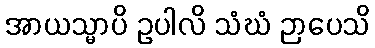
အာယသ္မာပိ ဥပါလိ သံဃံ ဉာပေသိ